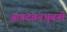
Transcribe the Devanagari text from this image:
आनंदवनभुवनी